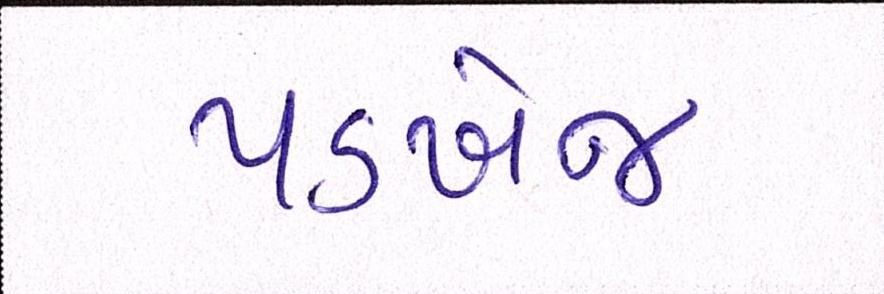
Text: પડખેજ